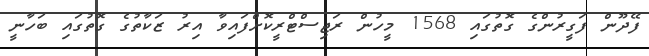
ފޭދޫން ފަގީރުންގެ ގޮތުގައި 1568 މީހުން ރަޖިސްޓްރީކޮށްފައިވާ އިރު ޒަކާތުގެ ގޮތުގައި ބަހާނީ